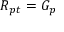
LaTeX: R _ { p t } = G _ { p }